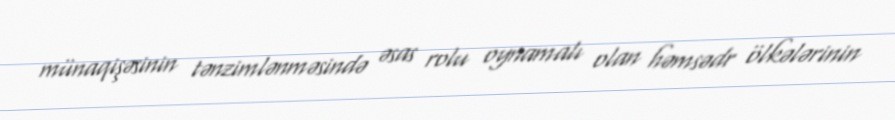
münaqişəsinin tənzimlənməsində əsas rolu oynamalı olan həmsədr ölkələrinin